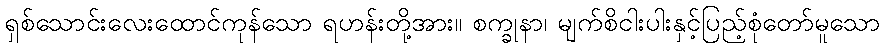
ရှစ်သောင်းလေးထောင်ကုန်သော ရဟန်းတို့အား။ စက္ခုနာ၊ မျက်စိငါးပါးနှင့်ပြည့်စုံတော်မူသော